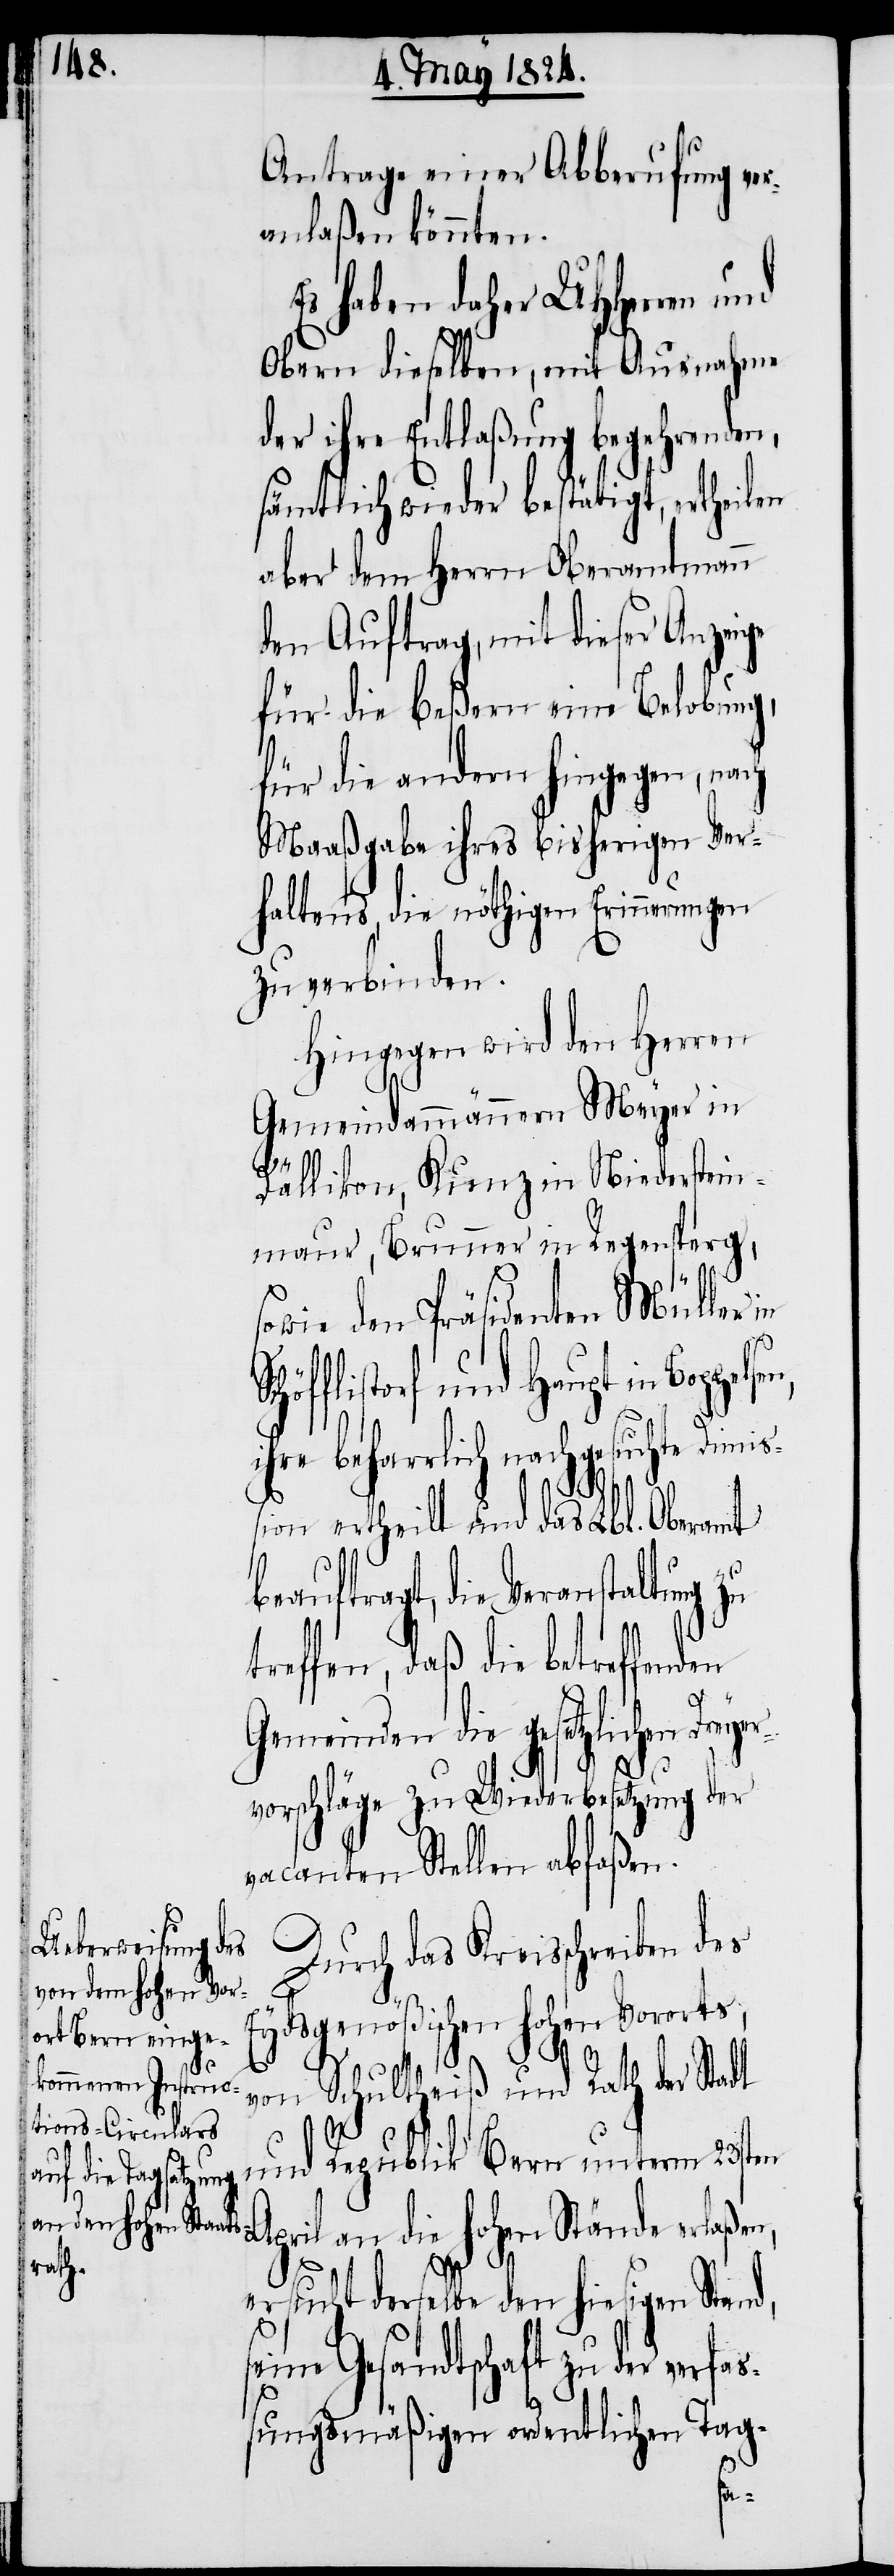
Antrage einer Abberufung ver¬
anlaßen könnten.
Es haben daher UHHerren und
Obern dieselben, mit Ausnahme
der ihre Entlaßung begehrenden,
sämtlich wieder bestätigt, ertheilen
aber dem Herrn Oberamtmann
den Auftrag, mit dieser Anzeige
für die Beßern eine Belobung,
für die andern hingegen, nach
Maaßgabe ihres bisherigen Ver¬
haltens, die nöthigen Erinnerungen
zu verbinden.
Hingegen wird den Herren
Gemeindammännern Meyer in
sen,
n,
Dällikon, Kunz in Niederstein¬
maur, Brunner in Regensperg,
sowie den Präsidenten Müller
äfflistorf und Haupt in Boppel¬
hre beharrlich nachgesuchte Dim¬
ßion ertheilt und das Lbl. Oberamt
beauftragt, die Veranstaltung
treffen, daß die betreffenden
Gemeinden die gesetzlichen Dreyer¬
vorschläge zu Wiederbesetzung der
vacanten Stellen abfaßen.
Durch das Kreisschreiben des
Eydsgenößischen hohen Vororts,
d,
von Schultheiß und Rath der Stadt
und Republik Bern unterm 23sten
April an die hohen Stände erlaße¬
ersucht derselbe den hiesigen Stan¬
seine Gesandtschaft zu der verfa¬
ßungsmäßigen ordentlichen Tag-
i¬